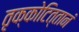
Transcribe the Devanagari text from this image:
तृक्कोटित्तानं